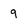
Character: 9